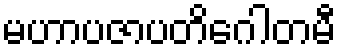
မဟာပဇာပတိဂေါတမီ